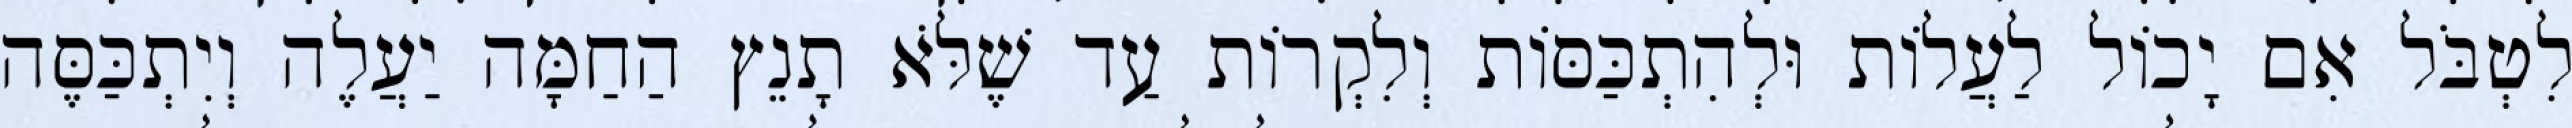
לִטְבֹּל אִם יָכוֹל לַעֲלוֹת וּלְהִתְכַּסּוֹת וְלִקְרוֹת עַד שֶׁלֹּא תָנֵץ הַחַמָּה יַעֲלֶה וְיִתְכַּסֶּה